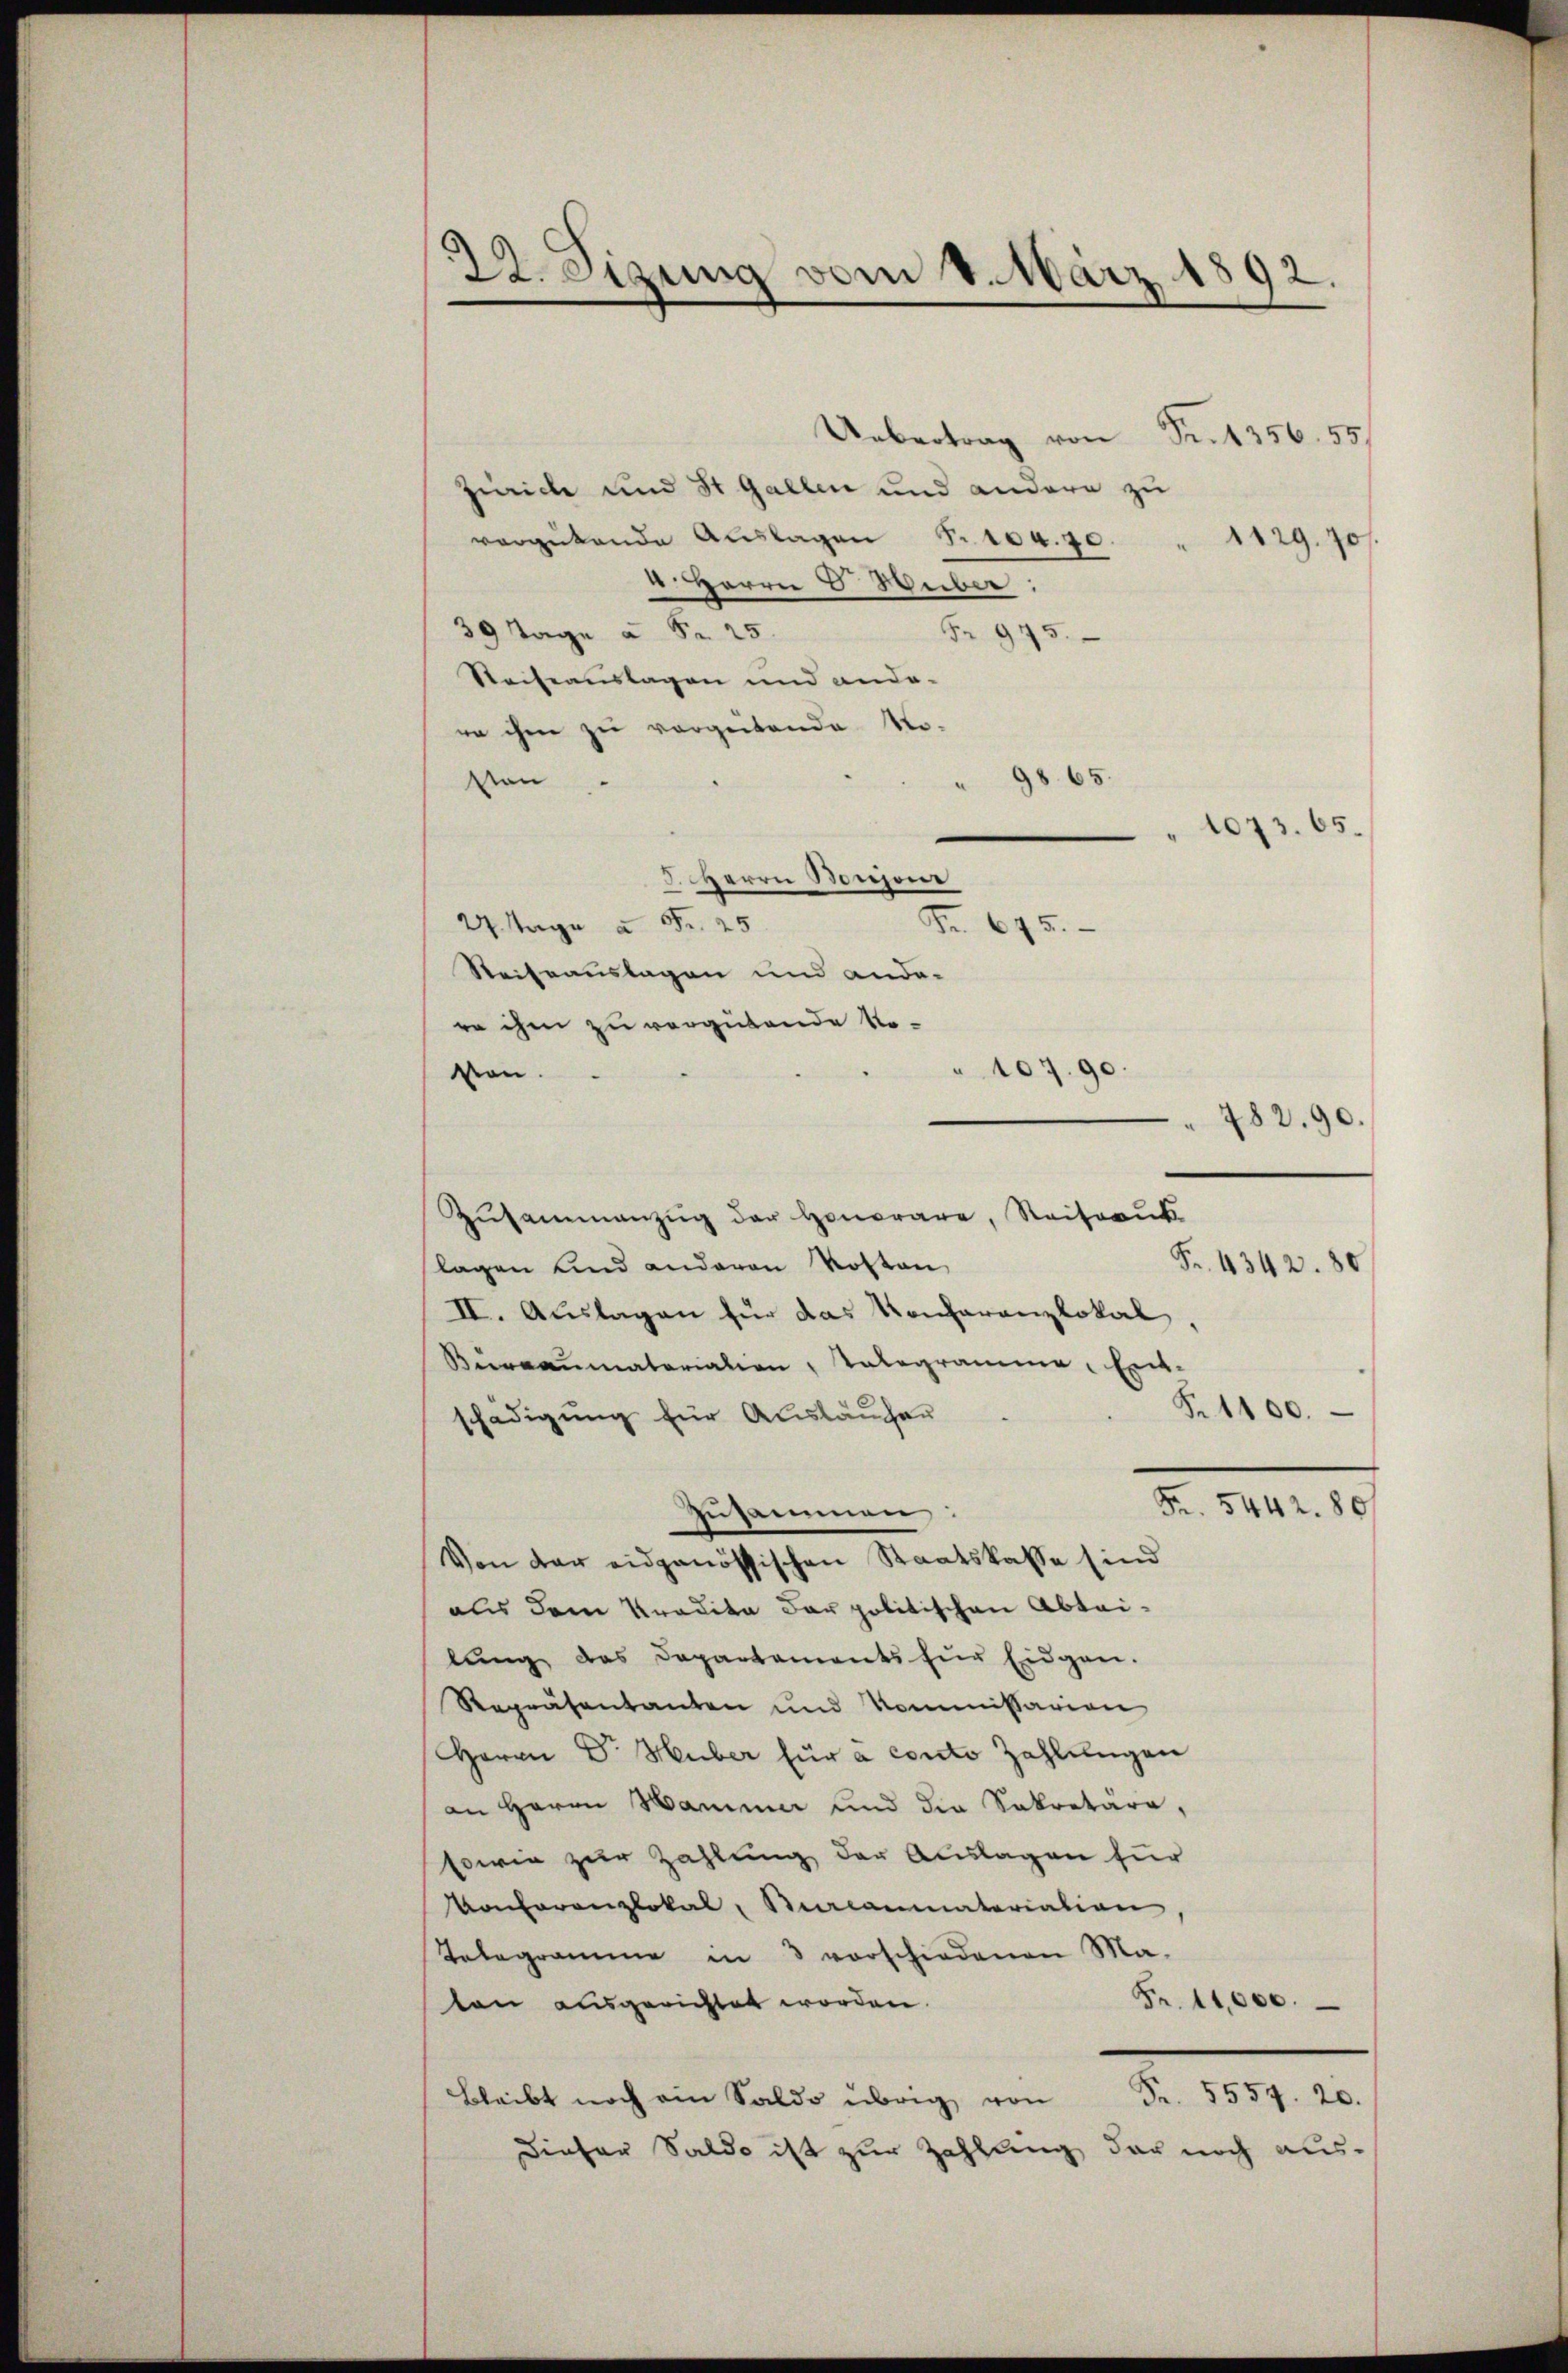
¬
Heizung vom 8. März 1892.

Uebertrag von Fr. 1356. 55
Zürich und St. Gallen und andere zu
vergütende Auslagen S. 104. 70.
1129. 70
. HHerrn J. Weber:
39 Tage à Fr. 25.
Fr 975.
Reiseauslagen und ande-
re ihm zu vorgeitende Novon
98. 65.
2 Tage à Fr. 25
Fr. 675.
Steiseauslagen und ande-
en ihm zu vergütende Novon
Zŭsammanzŭg der Honorare, Seiteruk
Fr. 4342. 80
lagen und anderen Kosten
II. Auslagen für das Konferenzlokal,
Beaumatariation, Tologramme, Ent-
Fr. 1100.
schädigung für Ausläucher
Fr. 5442. 80)
Zusammen:
Von der eidgenössischen Staatskasse sind
aus dem Tradita der politischen Abteilung das Departaments für Eidgen.
Repräsentanten und Kommissarion
Herrn Dr. Huber für a conto Zahlungen
an Herrn Namen und die Sekretäre,
sowie zur Zahlung der Auslagen für
Konferenzlokal, Recammatariation
Telegramme in 3 vorschiedenen Ma-
Fr. 11,000.
ten ausgerichtet worden.
Bleibt noch ein Saldo übrig von Fr. 5557. 20.
Dieser Saldo ist zur Zahlung der noch aus¬

8. Herrn Bonzoni

1073. 65.

" 107. 90
782. 90.